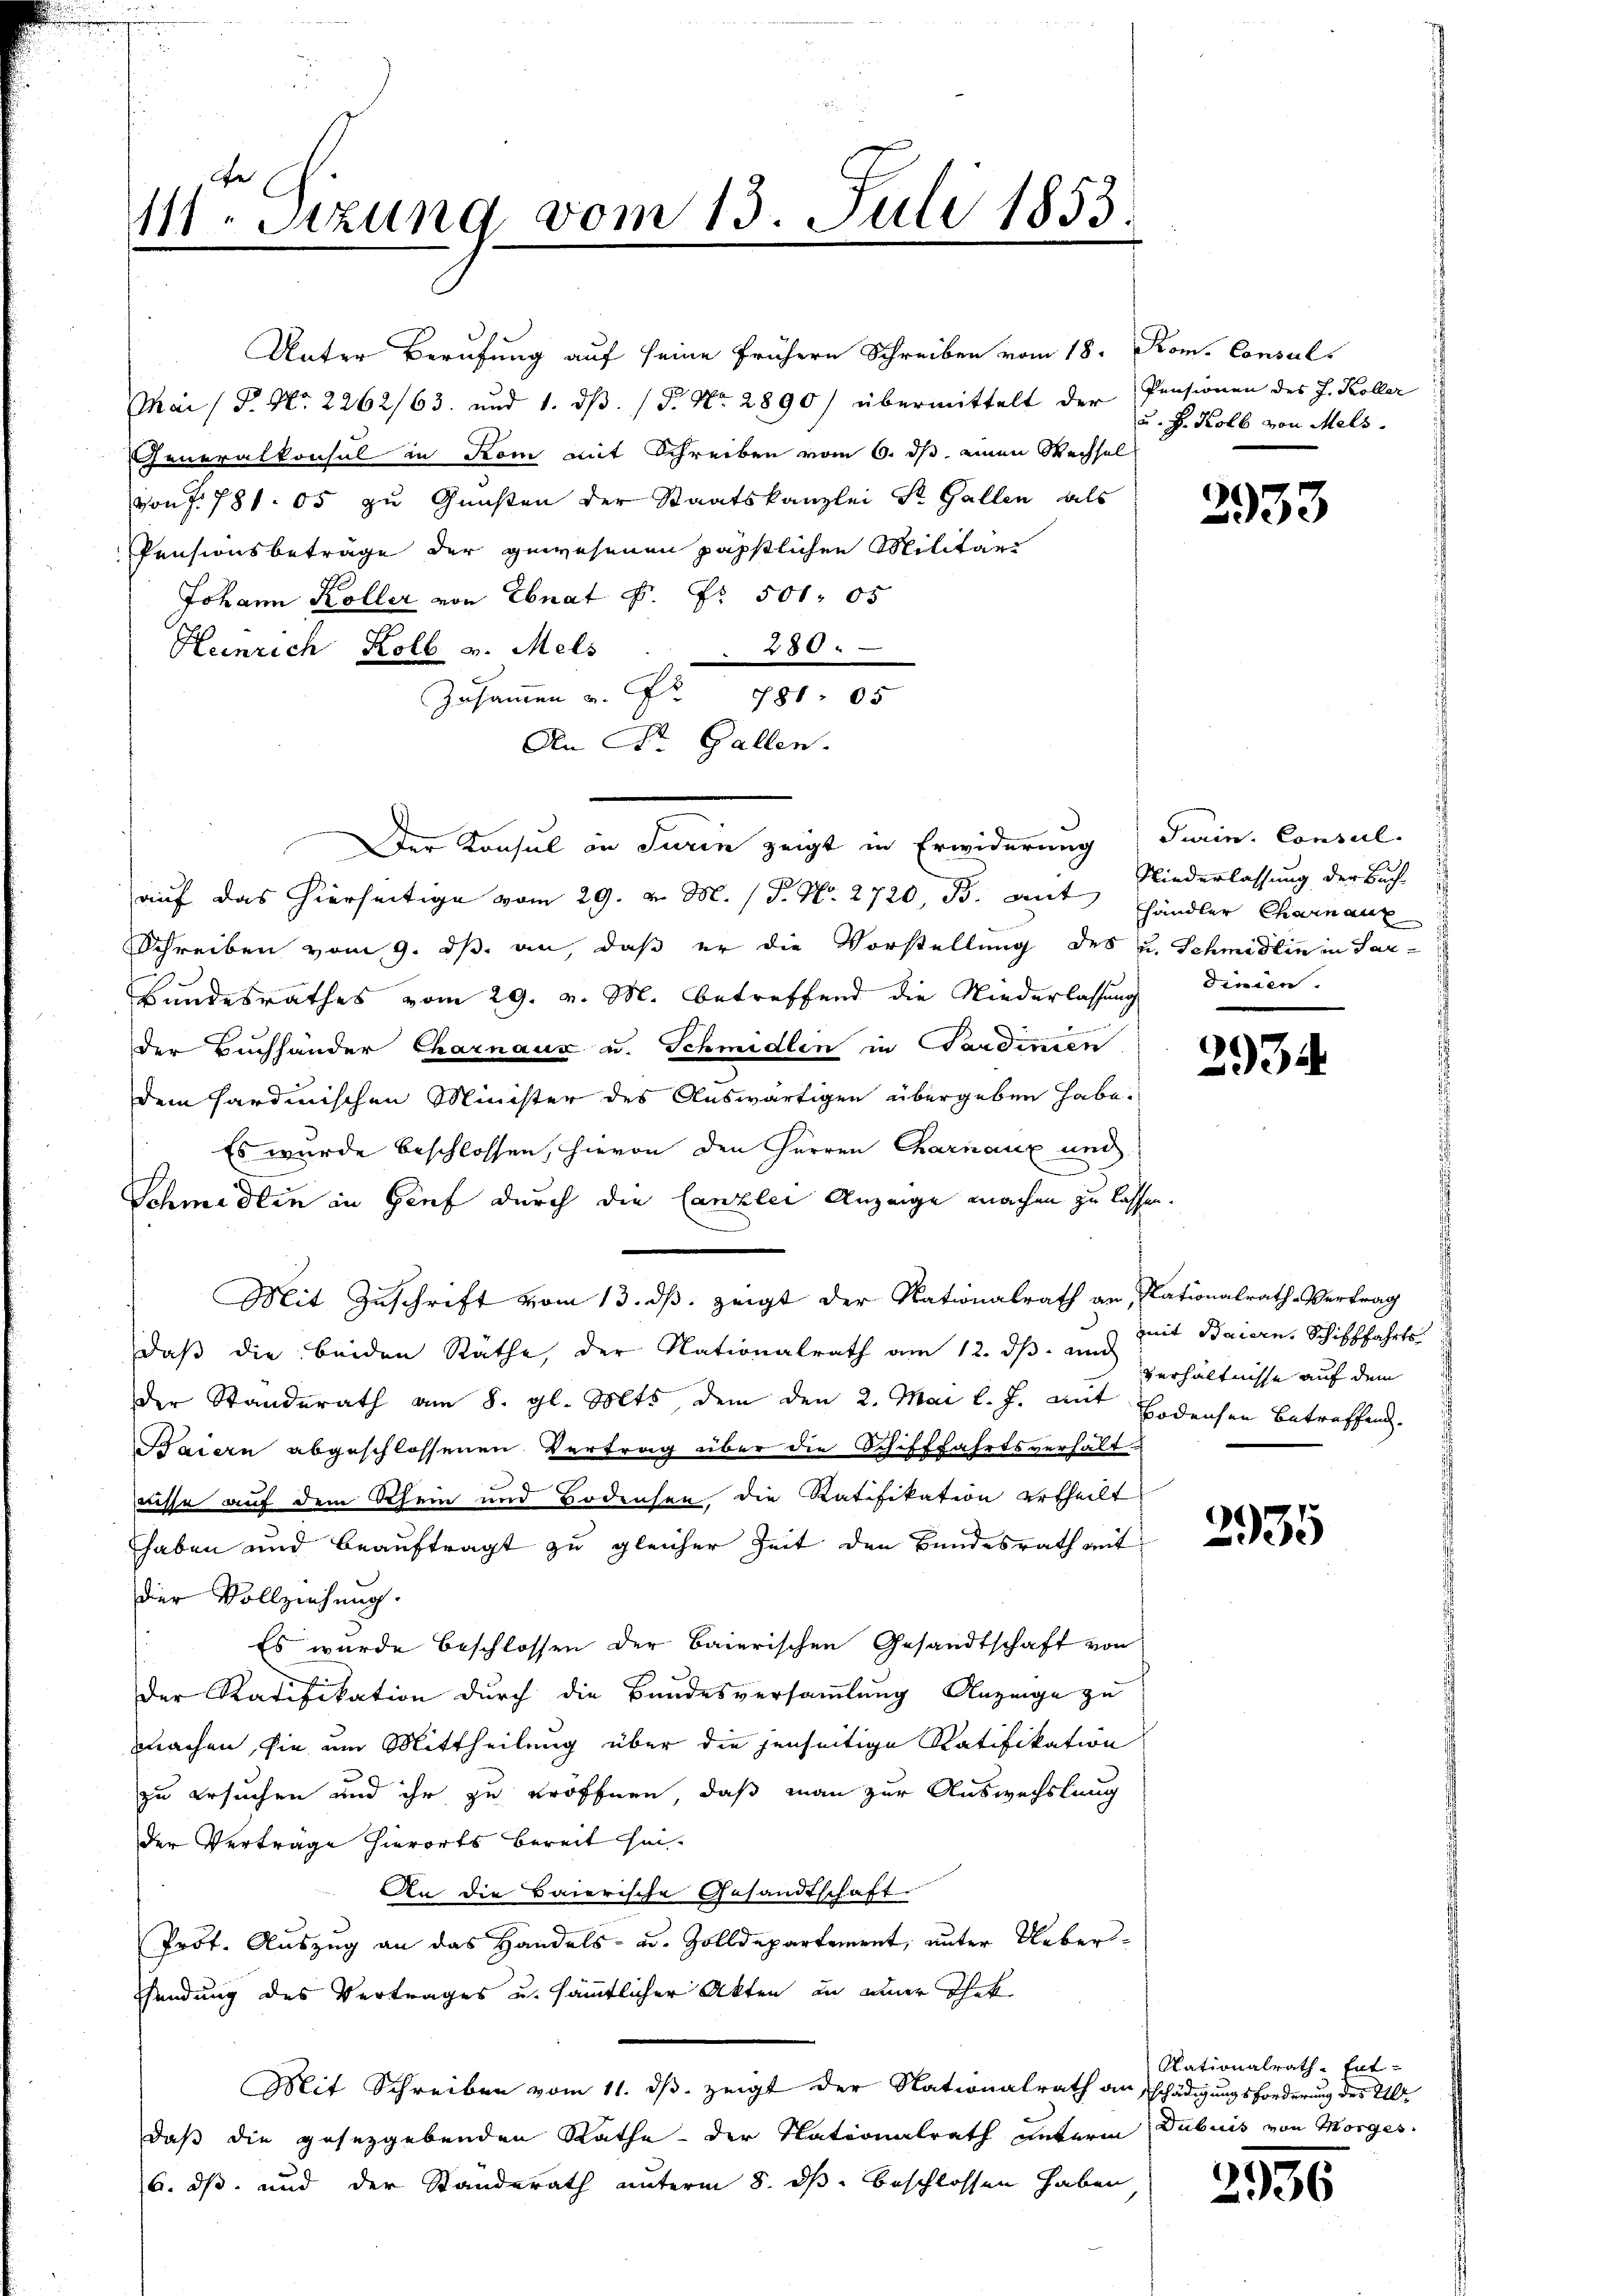
111. Sitzung vom 13. Juli 1853.

Unter Berufung auf seine frühern Schreiben vom 18. Rom. Consuls
Mai/P. Nr. 2262/63. und 1. ds. (T. No. 2890) übermittelt der Pensionen des J. Koller
Generalkonsul in Kom mit Schreiben vom 6. ds einen Wechsel
von § 781. 05 zu Gunsten der Staatskanzlei St. Gallen als
Pensionsbeträge der gewesenen päpstlichen Militäri
Johann Koller von Ebnat P. Nr. 501. 05
Heinrich Kolb v. Mels
415
Zusamen u. fr. 981 05
An St. Gallen.
Der Konsul in Turin zeigt in Erwiderung darin. Consul-
auf das hierseitige vom 29. v. M. (T. No. 2720, B. mit Händler Charnanz
Schreiben vom 9. ds. an, daß er die Vorstellung des u. Schmidlin in Sar-
Bundesrathes vom 29. v. M. betreffend die Niederlassung
der Buchhänder Charnaux u. Schmidlin in Pardinen
dem sardinischen Minister des Auswärtigen übergeben habe.
Es wurde beschlossen, hievon den Herren Charnaux und
Schmidlin in Genf durch die Canzlei Anzeige machen zu lassen.
Mit Zuschrift vom 13. ds. zeigt der Nationalrath an, Nationalrath-Vertrag
daß die beiden Rathe, der Nationalrath am 12. dß. und
der Standerath am 8. gl. Mts. dem den 2. Mai l. J. mit Bodensen Betreffend.
Baiern abgeschlossenen Vertrag über die Schifffahrtsverhält
nisse auf dem Schein und Bodensen die Ratifikation ertheilt
haben und beauftragt zu gleicher Zeit den Bundesrath mit
der Vollziehung.
Es wurde beschlossen der baierischen Gesandtschaft von
der Ratifikation durch die Bundesversammlung Anzeige zu
machen, sie um Mittheilung über die jenseitige Ratifikation
zu ersuchen und ihr zu eröffnen, daß man zur Auswechslung
der Verträge hierorts bereit sei¬
An die Baierische Gesandtschaft
Prot. Auszug an das Handels- u. Zolldepartement, unter Ueber-
Sendung des Vertrages u. sämmtlicher Akten in einer That
Mit Schreiben vom 11. ds. zeigt der Nationalrath anschädigungsforderung des Ulr
daß die gesetzgebenden Rathe – der Nationalrath unterm Dubuis von Morges.
6. ds. und der Standerath unterm 8. ds. beschlossen haben

u. H. Kolb von Mels.

2933

Niederlassung der Buchf
dinien

2934

mit Baiern, Schifffahrts
Verhältnisse auf dem

2935

Nationalrath Ent¬

2936